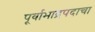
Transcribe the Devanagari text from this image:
पूर्वाभाद्रपदाचा